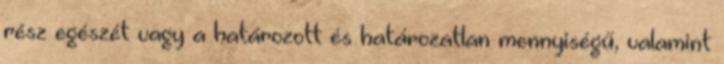
rész egészét vagy a határozott és határozatlan mennyiségű, valamint